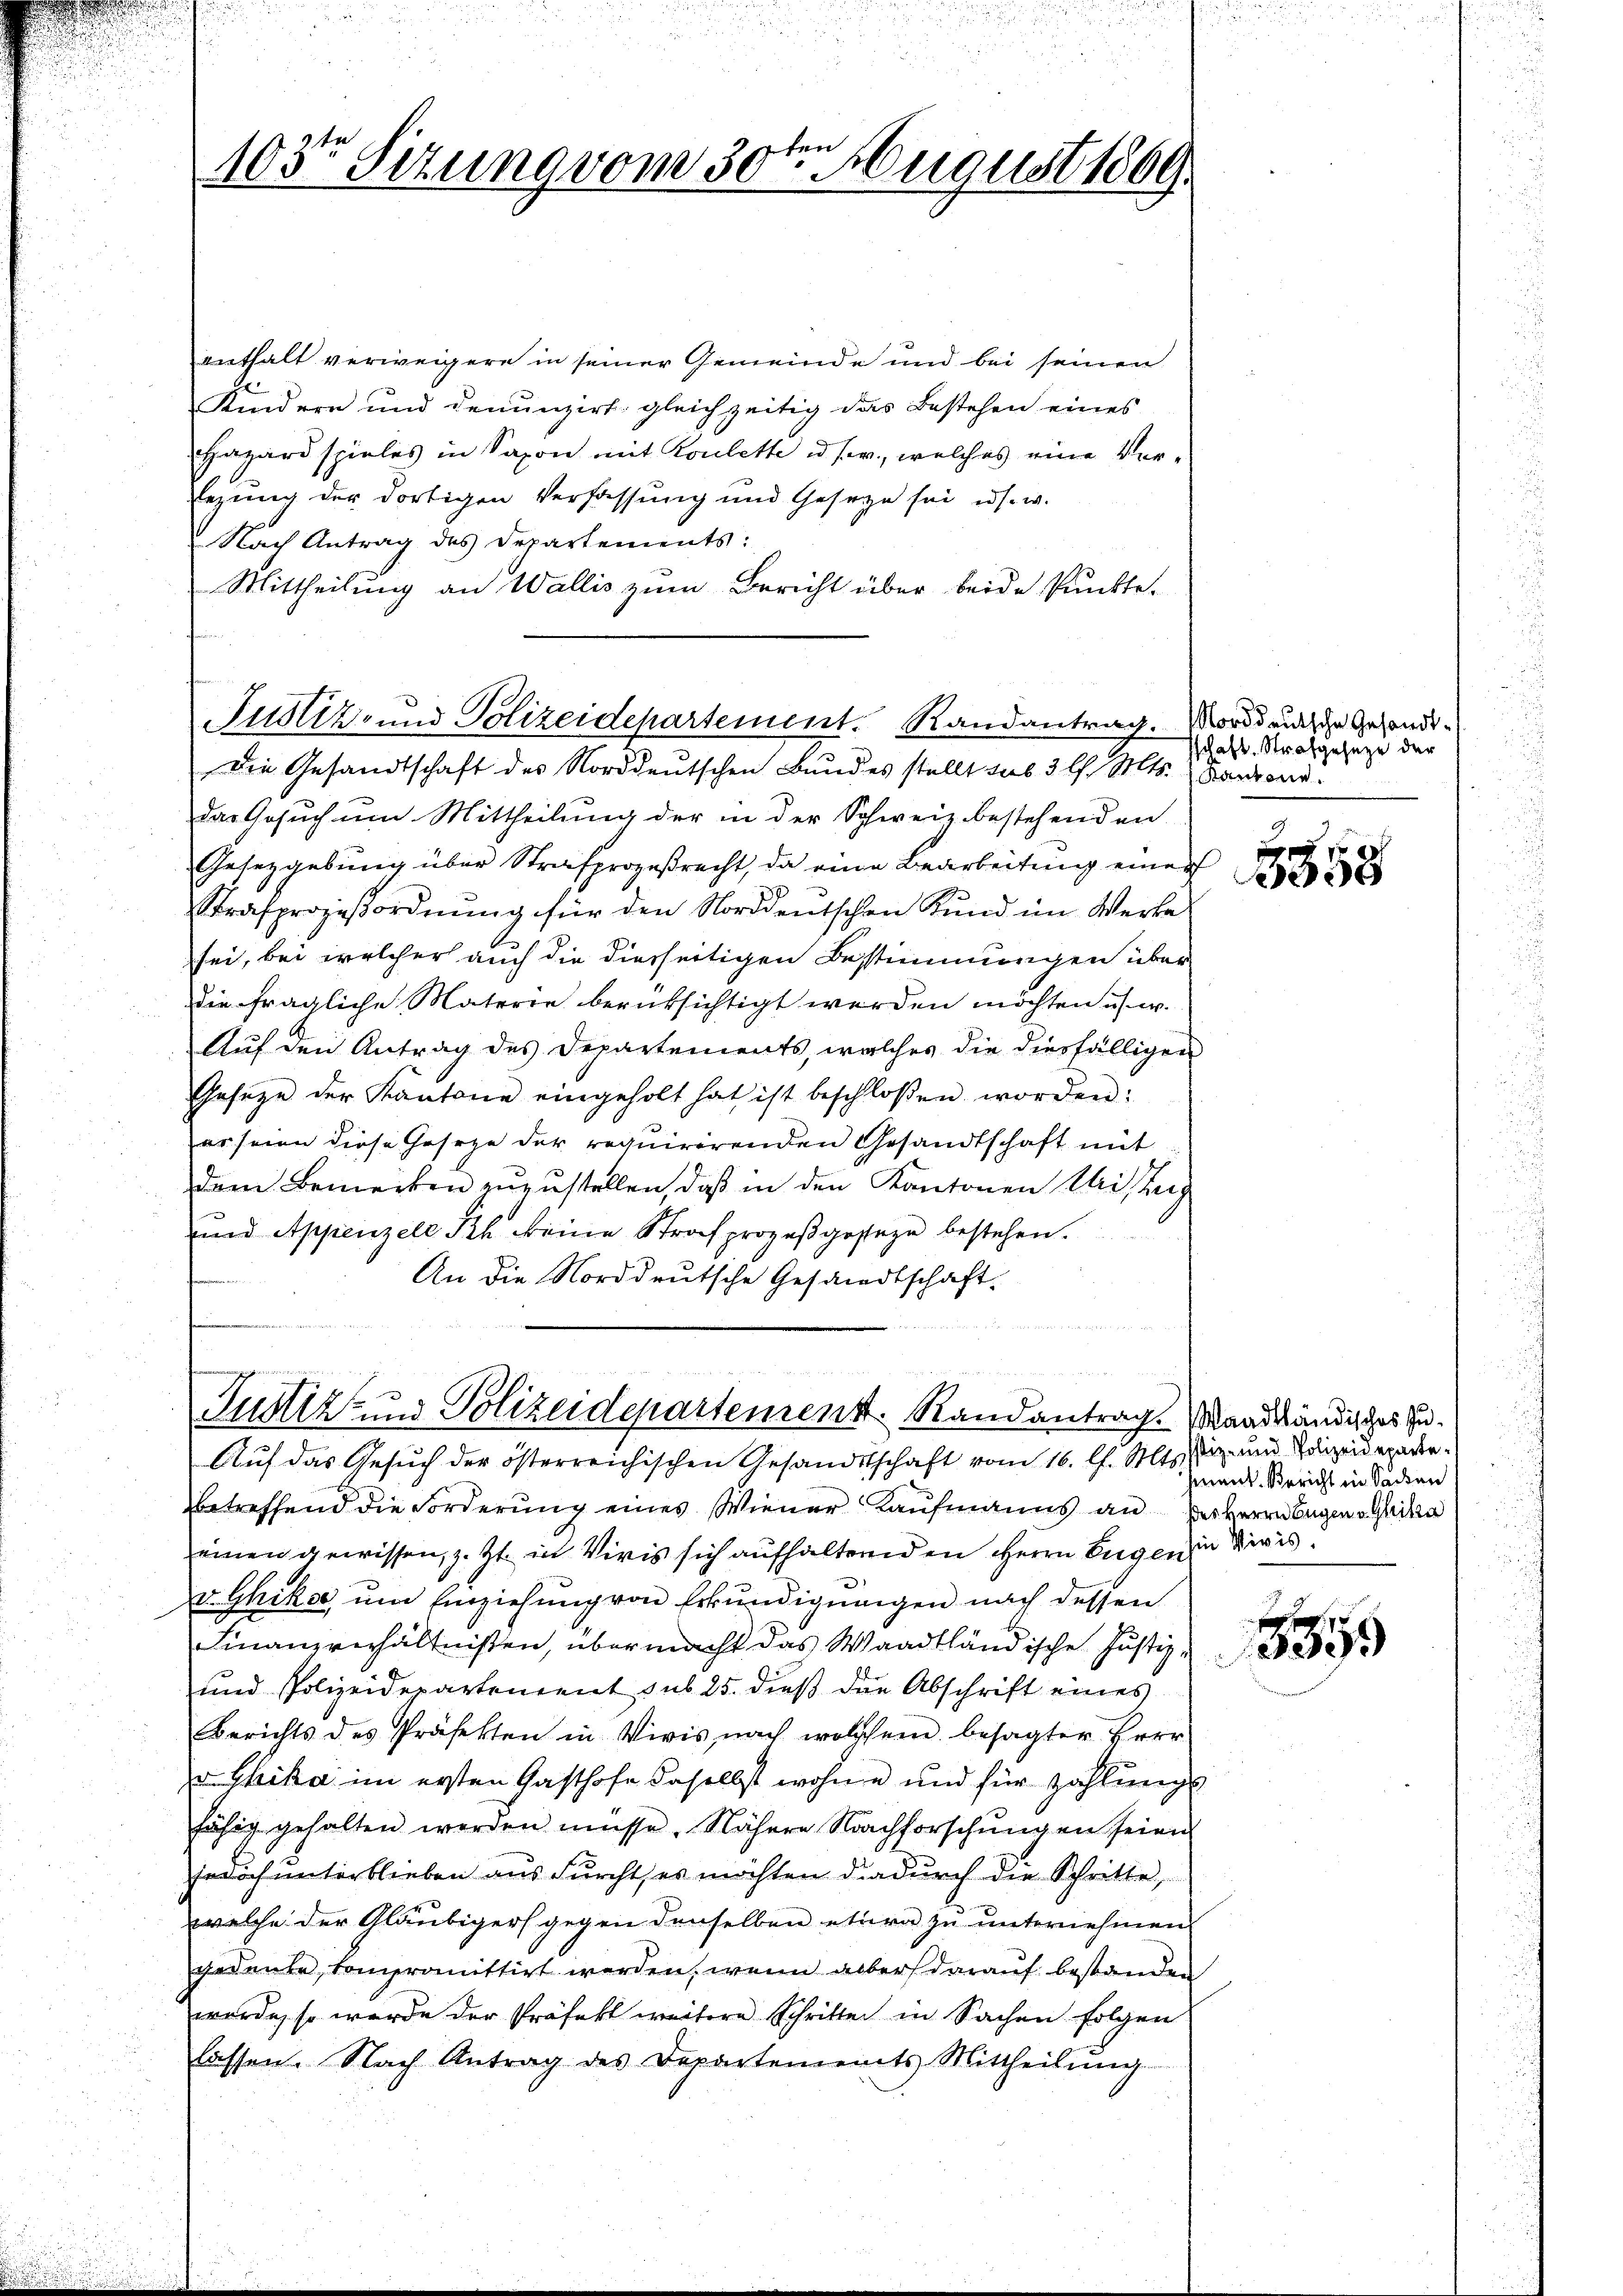
fen
103te Sitzung vom 30. August 1869.

enthalt verweigere in seiner Gemeinde und bei seinen
Kindern und denunzirt gleichzeitig das Bestehen eines
Hazard spieles in Saxon mit Koulette u. s. w., welches eine Ver¬
Eezung der dortigen Verfassung und Geseze sei es s. w.
Nach Antrag des Departements:
Mittheilung an Wallis zum Bericht über beide Punkte.
Die Gesandtschaft des Norddeutschen Bundes stellt aus 3 l. Mts. Barrond.
das Gesuch um Mittheilung der in der Schweiz bestehenden
Gesetzgebung über Strafprozeßrecht, da eine Bearbeitung einer
Strafprozeßordnung für den Norddeutschen Kund im Werke
sei, bei welcher auch die diesseitigen Bestimmungen über
die fragliche Materie berüksichtigt werden möchten usw.
Auf den Antrag des Departements, welches die diesfälligen
Geseze der Kantone eingeholt hat ist beschlossen worden:
er seien diese Gesetze der requirirenden Gesandtschaft mit
dem Bemerken zuzustellen, daß in den Kantonen Miteig
und Appenzell Ph. keine Strafprozeβgeseze bestehen.
An die Norddeutsche Gesandtschaft.

Justiz- und Polizeidepartement. Randantrag. Norddeutsche Gesandt¬

24. Seiner 1884
Justiz- und Polizeidepartement. Randantrag.

Auf das Gesuch der österreichischen Gesandtschaft vom 16. l. Mts. stiz- und Idizeidepäder
betreffend die Forderung eines Wiener Kaufmanns an der Herrn begen Geiste
einen gewissen, z. Zt. in Viris sich aufhaltenden Herrn Eugen in Divis
v Ghikse um Einziehung von Erkundigungen nach dessen
Finanzverhältnißen, übermacht das Waadtländische Justiz-
und Polizeidepartement sub 25. dieß die Abschrift eines
Berichts des Präsesten in Vivis, nach welchem besagter Herr
v. Chika im ersten Gasthofe daselbst wohne und für Zahlungs
fähig gehalten werden müsse. Nähere Nachforschungen seien
jedoch unterblieben aus Furcht, es möchten dadurch die Schritte,
welche der Gläubigers gegen denselben etwa zu unternehmen
gedeute, compromittirt werden, wenn aber darauf bestanden
wurde, so wurde der Präfekt weitere Schritten in Sachen folgen
lassen. Nach Antrag des Departements Mittheilŭng

sschaft. Strafgesetze der

1858

Waadtländisches Zuhment. Bericht in Sachen

3359